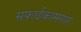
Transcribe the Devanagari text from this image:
सफाईकामगार